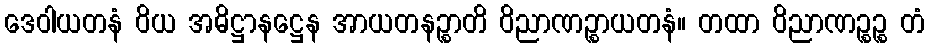
ဒေဝါယတနံ ဝိယ အဓိဋ္ဌာနဋ္ဌေန အာယတနဉ္စာတိ ဝိညာဏဉ္စာယတနံ။ တထာ ဝိညာဏဉ္စဉ္စ တံ